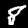
Label: 8